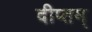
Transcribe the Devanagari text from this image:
दीप्तम्